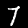
Label: 7